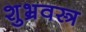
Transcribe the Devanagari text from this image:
शुभ्रवस्त्र